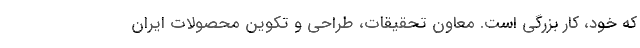
که خود، کار بزرگی است. معاون تحقیقات،‌ طراحی و تکوین محصولات ایران